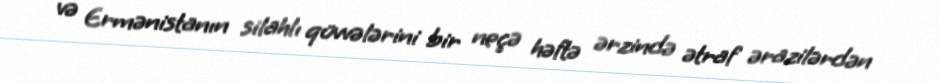
və Ermənistanın silahlı qüvvələrini bir neçə həftə ərzində ətraf ərazilərdən